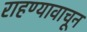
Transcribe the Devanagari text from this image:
राहण्यावाचून